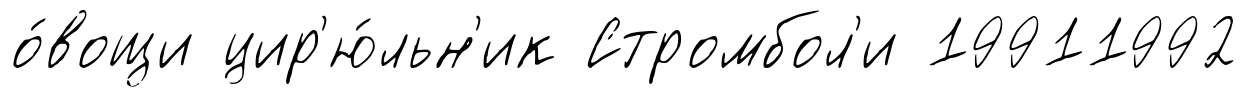
о́вощи цир'ю́льн'ик Стромбол'и 19911992